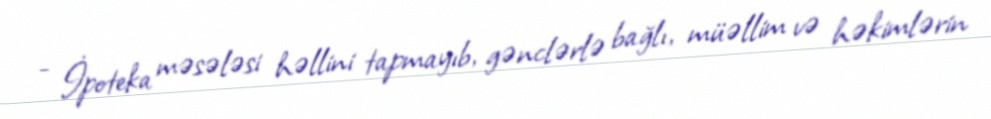
- İpoteka məsələsi həllini tapmayıb, gənclərlə bağlı, müəllim və həkimlərin